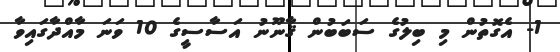
1- އެގޮތުން މި ބިލުގެ ސަބަބުން ޤާނޫނު އަސާސީގެ 10 ވަނަ މާއްދާގައިވާ